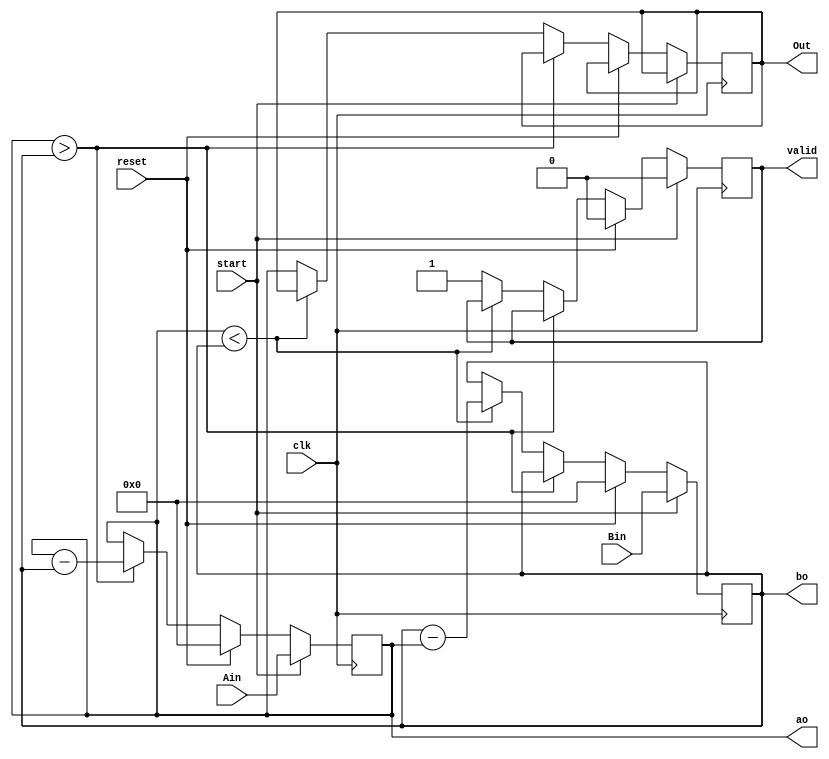
module gcd_fast_m (clk,reset,start,Ain,Bin,ao,bo,Out,valid);
    input clk,reset,start;
    input [5:0] Ain,Bin;
    output reg [5:0] Out;
    output reg valid;

    reg [5:0] A,B;
    output [5:0] ao, bo;
  
  	assign ao = A;
  	assign bo = B;

    always @ (posedge clk)
        begin
            if (start)
                begin
                    A <= Ain; B <= Bin; valid <= 0;
                end
            else if (reset)
                begin
                    A <= 6'b000000; B <= 6'b000000; valid <= 0;
                end
            else if (A > B)
                begin
                    A <= A - B;
                end
            else if (A < B)
                begin
                    B <= B - A;
                end
            else
                begin
                    Out <= A;
                    valid <= 1;
                end
        end
endmodule

module gcd_slow_m (clk,reset,start,Ain,Bin,Out,ao,bo,valid);
    input clk,reset,start;
    input [5:0] Ain,Bin;
    output reg [5:0] Out;
    output reg valid;

    reg [5:0] A,B;
    output [5:0] ao, bo;
  
  	assign ao = A;
  	assign bo = B;

    always @ (posedge clk)
        begin
            if (start)
                begin
                    A <= Ain; B <= Bin; valid <= 0;
                end
            else if (reset)
                begin
                    A <= 6'b000000; B <= 6'b000000; valid <= 0;
                end
            else if (A > B)
                begin
                    A <= A - B;
                end
            else if (A < B)
                begin
                    A <= B;
                    B <= A;
                end
            else
                begin
                    Out <= A;
                    valid <= 1;
                end
        end
endmodule

module gcd_dest_m (clk,reset,start,Ain,Bin,ao1,bo1,ao2,bo2,equiv);
	input clk;
	wire clk_1;
	wire clk_2;
	input reset;
	input start;
	input [5:0] Ain;
	input [5:0] Bin;
	wire [5:0] Out_1;
	wire [5:0] Out_2;
	wire valid_1;
	wire valid_2;
	wire clk_en_1;
	wire clk_en_2;
  	output [5:0] ao1, ao2, bo1, bo2;
	output equiv;

	assign clk_en_1 = ~(valid_1 & ~ valid_2);

	assign clk_en_2 = ~(valid_2 & ~ valid_1);

	assign clk_1 = clk & clk_en_1;

	assign clk_2 = clk & clk_en_2;

	assign equiv = ~valid_1 | ~valid_2 | Out_1 == Out_2;

	gcd_fast_m fast_m (
		.clk(clk_1),
		.reset(reset),
		.start(start),
		.Ain(Ain),
		.Bin(Bin),
		.Out(Out_1),
		.ao(ao1),
		.bo(bo1),
		.valid(valid_1)
	);

	gcd_slow_m slow_m (
		.clk(clk_2),
		.reset(reset),
		.start(start),
		.Ain(Ain),
		.Bin(Bin),
		.Out(Out_2),
		.ao(ao2),
		.bo(bo2),
		.valid(valid_2)
	);

endmodule